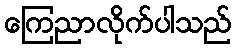
ကြေညာလိုက်ပါသည်